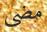
مضى